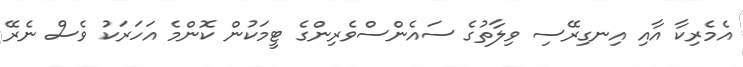
އެމެރިކާ އާއި އިނގިރޭސި ވިލާތުގެ ސައެންސްވެރިންގެ ޓީމަކުން ކޮންމެ އަހަރަކު ވެސް ނެރޭ